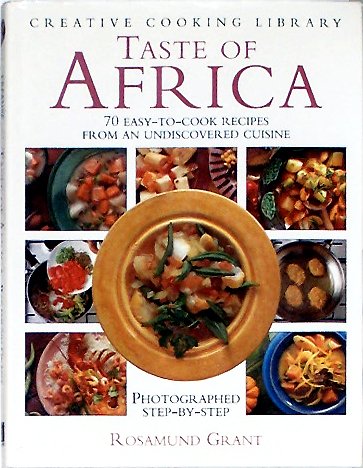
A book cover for Taste of Africa: 70 Easy-To-Cook Recipes from an Undiscovered Cuisine (Creative Cooking Library); Rosamund Grant; Cookbooks, Food & Wine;